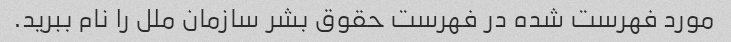
مورد فهرست شده در فهرست حقوق بشر سازمان ملل را نام ببرید.